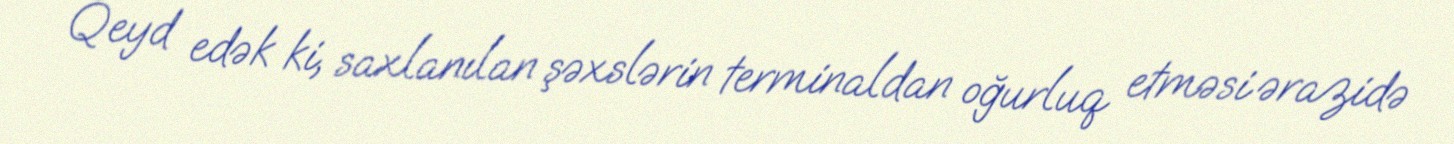
Qeyd edək ki, saxlanılan şəxslərin terminaldan oğurluq etməsi ərazidə